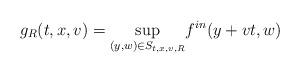
LaTeX: \begin{align*}g_{R}(t,x,v)=\underset{(y,w) \in S_{t,x,v,R}}{\sup} f^{in}(y+vt,w) \end{align*}